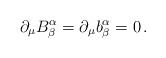
\begin{align*}\partial_{\mu}B^{\alpha}_{\beta}=\partial_{\mu}b^{\alpha}_{\beta}=0\,.\end{align*}